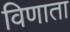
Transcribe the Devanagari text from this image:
विणाता